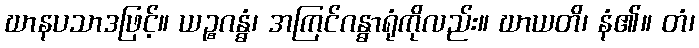
ဃာနပသာဒဖြင့်။ ယဉ္စဂန္ဓံ၊ အကြင်ဂန္ဓာရုံကိုလည်း။ ဃာယတိ၊ နံ၏။ တံ၊